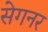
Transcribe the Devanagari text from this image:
सेगनर